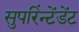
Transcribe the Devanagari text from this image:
सुपरिंन्टेंडेंट